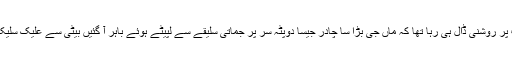
غریب رکشے والا ابھی ان جوابات پر روشنی ڈال ہی رہا تھا کہ ماں جی بڑا سا چادر جیسا دوپٹہ سر پر جماتی سلیقے سے لپیٹے ہوئے باہر آ گئیں بیٹی سے علیک سلیک کے بعد رکشے والے سے بولیں۔